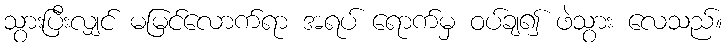
သွားပြီးလျှင် မမြင်လောက်ရာ အရပ် ရောက်မှ ဝပ်ချ၍ ဖဲသွား လေသည်။